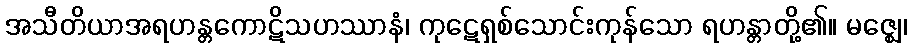
အသီတိယာအရဟန္တကောဋိသဟဿာနံ၊ ကုဋေရှစ်သောင်းကုန်သော ရဟန္တာတို့၏။ မဇ္ဈေ၊